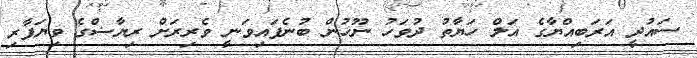
ސައުދީ އަރަބިއްޔާގެ އަލް ހަޔާތު ދުވަހު ނޫހުން ބުނެފައިވަނީ ވެރިރަށް ރިޔާޟްގެ ވިޔަފާރި